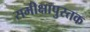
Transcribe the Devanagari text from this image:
समीक्षापुस्तक